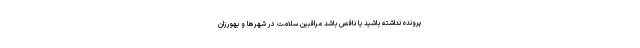
پرونده نداشته باشید یا ناقص باشد مراقبین سلامت در شهرها و بهورزان